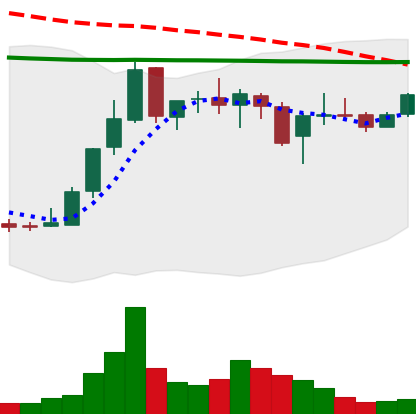
Ticker: LINK-USD
Chart end date: 2019-01-02
Forward return: 18.953%
Label: up_7plus